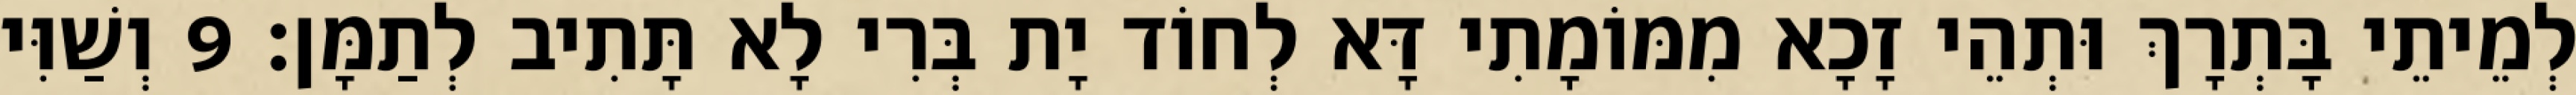
לְמֵיתֵי בָּתְרָךְ וּתְהֵי זָכָא מִמּוֹמָתִי דָּא לְחוֹד יָת בְּרִי לָא תָּתִיב לְתַמָּן׃ 9 וְשַׁוִּי